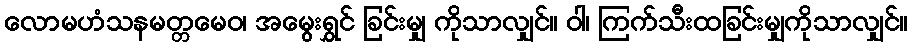
လောမဟံသနမတ္တမေဝ၊ အမွေးရွှင် ခြင်းမျှ ကိုသာလျှင်။ ဝါ၊ ကြက်သီးထခြင်းမျှကိုသာလျှင်။